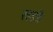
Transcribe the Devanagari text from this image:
खड़ी।